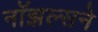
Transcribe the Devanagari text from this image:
नॉझल्सने